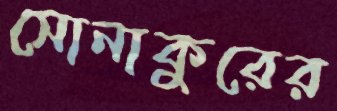
সোনাকুরের